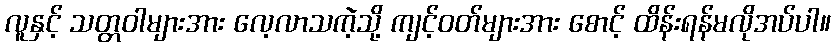
လူနှင့် သတ္တဝါများအား လေ့လာသကဲ့သို့ ကျင့်ဝတ်များအား စောင့် ထိန်းရန်မလိုအပ်ပါ။